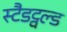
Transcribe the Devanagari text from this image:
स्टैडट्वल्ड